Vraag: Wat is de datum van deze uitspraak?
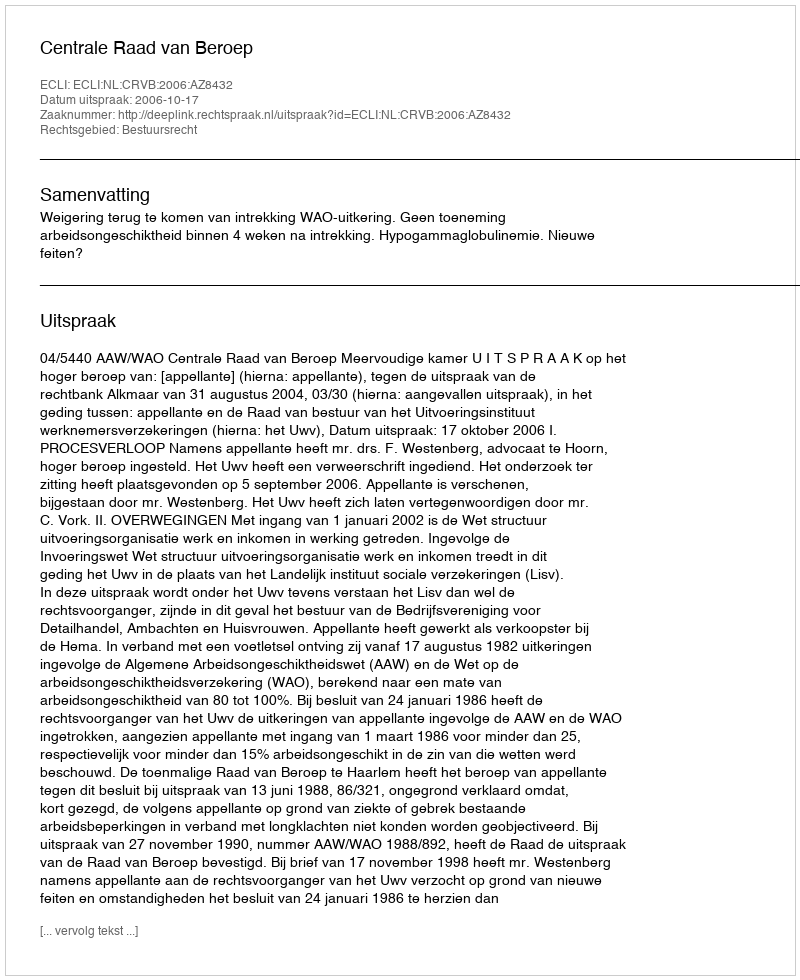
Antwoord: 2006-10-17